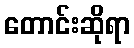
တောင်းဆိုရာ